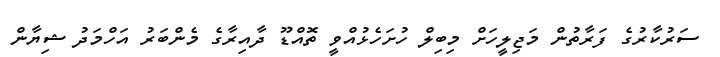
ސަރުކާރުގެ ފަރާތުން މަޖިލީހަށް މިބިލް ހުށަހެޅުއްވީ ތޮއްޑޫ ދާއިރާގެ މެންބަރު އަހްމަދު ޝިޔާން